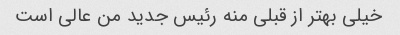
خیلی بهتر از قبلی منه رئیس جدید من عالی است